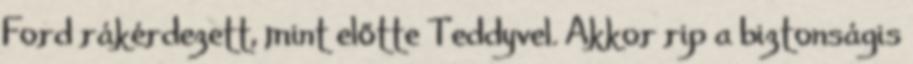
Ford rákérdezett, mint előtte Teddyvel. Akkor rip a biztonságis